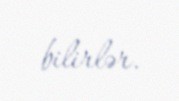
bilirlər.